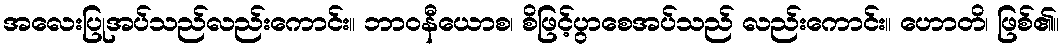
အလေးပြုအပ်သည်လည်းကောင်း။ ဘာဝနီယောစ၊ စိဖြင့်ပွာစေအပ်သည် လည်းကောင်း။ ဟောတိ၊ ဖြစ်၏။